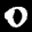
Label: 0